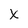
Character: x